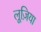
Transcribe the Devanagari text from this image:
लूज़िया